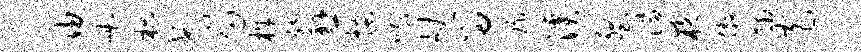
由咄枳弋局株纳悬搔哦劬留琛溪壑淄夜傲捕窄